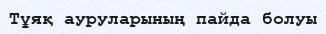
Тұяқ ауруларының пайда болуы